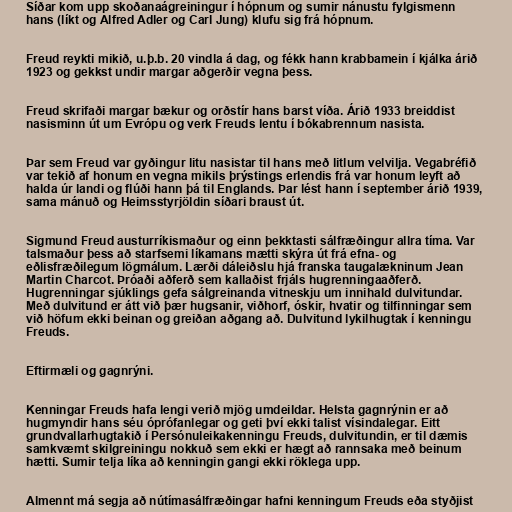
Síðar kom upp skoðanaágreiningur í hópnum og sumir nánustu fylgismenn
hans (líkt og Alfred Adler og Carl Jung) klufu sig frá hópnum.

Freud reykti mikið, u.þ.b. 20 vindla á dag, og fékk hann krabbamein í kjálka árið
1923 og gekkst undir margar aðgerðir vegna þess.

Freud skrifaði margar bækur og orðstír hans barst víða. Árið 1933 breiddist
nasisminn út um Evrópu og verk Freuds lentu í bókabrennum nasista.

Þar sem Freud var gyðingur litu nasistar til hans með litlum velvilja. Vegabréfið
var tekið af honum en vegna mikils þrýstings erlendis frá var honum leyft að
halda úr landi og flúði hann þá til Englands. Þar lést hann í september árið 1939,
sama mánuð og Heimsstyrjöldin síðari braust út.

Sigmund Freud austurríkismaður og einn þekktasti sálfræðingur allra tíma. Var
talsmaður þess að starfsemi líkamans mætti skýra út frá efna- og
eðlisfræðilegum lögmálum. Lærði dáleiðslu hjá franska taugalækninum Jean
Martin Charcot. Þróaði aðferð sem kallaðist frjáls hugrenningaaðferð.
Hugrenningar sjúklings gefa sálgreinanda vitneskju um innihald dulvitundar.
Með dulvitund er átt við þær hugsanir, viðhorf, óskir, hvatir og tilfinningar sem
við höfum ekki beinan og greiðan aðgang að. Dulvitund lykilhugtak í kenningu
Freuds.

Eftirmæli og gagnrýni.

Kenningar Freuds hafa lengi verið mjög umdeildar. Helsta gagnrýnin er að
hugmyndir hans séu óprófanlegar og geti því ekki talist vísindalegar. Eitt
grundvallarhugtakið í Persónuleikakenningu Freuds, dulvitundin, er til dæmis
samkvæmt skilgreiningu nokkuð sem ekki er hægt að rannsaka með beinum
hætti. Sumir telja líka að kenningin gangi ekki röklega upp.

Almennt má segja að nútímasálfræðingar hafni kenningum Freuds eða styðjist